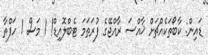
ޑައިން: ކާބޯތަކެއްޗަށް ޚާއްސަ ރާއްޖޭގެ ފުރަތަމަ ޓެބްލޮއިޑް! 1 މަސް 1 ހަފްތާ